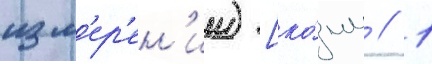
изм'ер'ен'ии) [ко́мм // 1